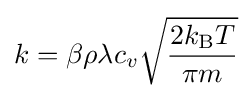
k=\beta \rho \lambda c_{v}{\sqrt {\frac {2k_{\text{B}}T}{\pi m}}}